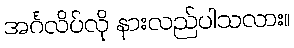
အင်္ဂလိပ်လို နားလည်ပါသလား။